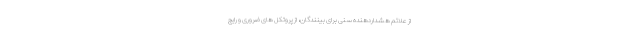
از علائم هشداردهنده سنی برای بینندگان، از پروتکل های ضروری و رایج